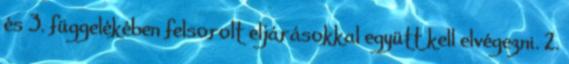
és 3. függelékében felsorolt eljárásokkal együtt kell elvégezni. 2.